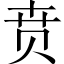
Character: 贲